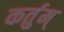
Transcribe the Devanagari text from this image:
कर्तुम्